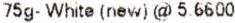
75G- WHITE (NEW) @ 5.6600